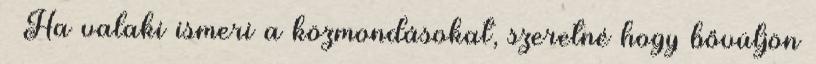
» Ha valaki ismeri a közmondásokat, szeretné hogy bővüljön